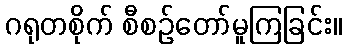
ဂရုတစိုက် စီစဉ်တော်မူကြခြင်း။